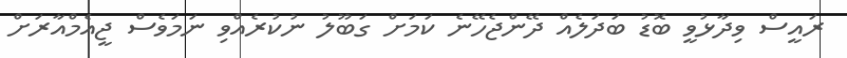
ރައީސް ވިދާޅުވީ ބޮޑު ބަދަލެއް ދޭންޖެހޭނެ ކަމަށް ގަބޫލު ނުކުރެއްވި ނަމަވެސް ޖީއެމްއާރަށް